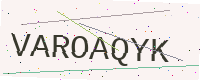
Text: VAROAQYK